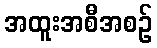
အထူးအစီအစဉ်